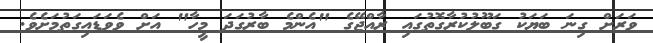
ވަރަށް ގިނަ ބަޔަކު ގަބޫލުކުރާގޮތުގައި ރާއްޖޭގެ "އެންމެ ބާރުގަދަ މީހާ" އަށް ވެވަޑައިގަތުމަށެވެ.